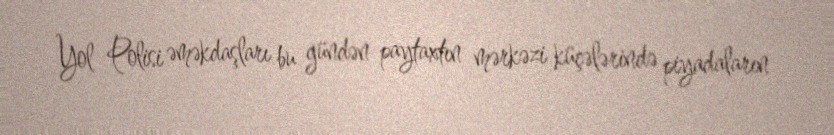
Yol Polisi əməkdaşları bu gündən paytaxtın mərkəzi küçələrində piyadaların